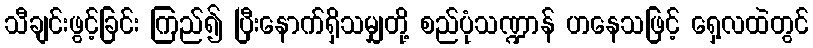
သီချင်းဖွင့်ခြင်း ကြည်၍ ပြီးနောက်ရှိသမျှတို့ စည်ပုံသဏ္ဍာန် ဟနေသဖြင့် ရှေ့လထဲတွင်